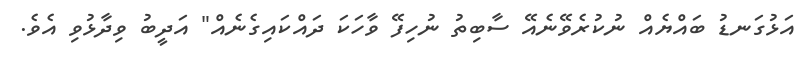
އަޅުގަނޑު ބައްޔެއް ނުކުރެވޭނެއޭ ސާބިތު ނުހިފޭ ވާހަކަ ދައްކައިގެނެއް" އަދީބު ވިދާޅުވި އެވެ.